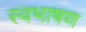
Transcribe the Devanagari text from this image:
स्वभाषण